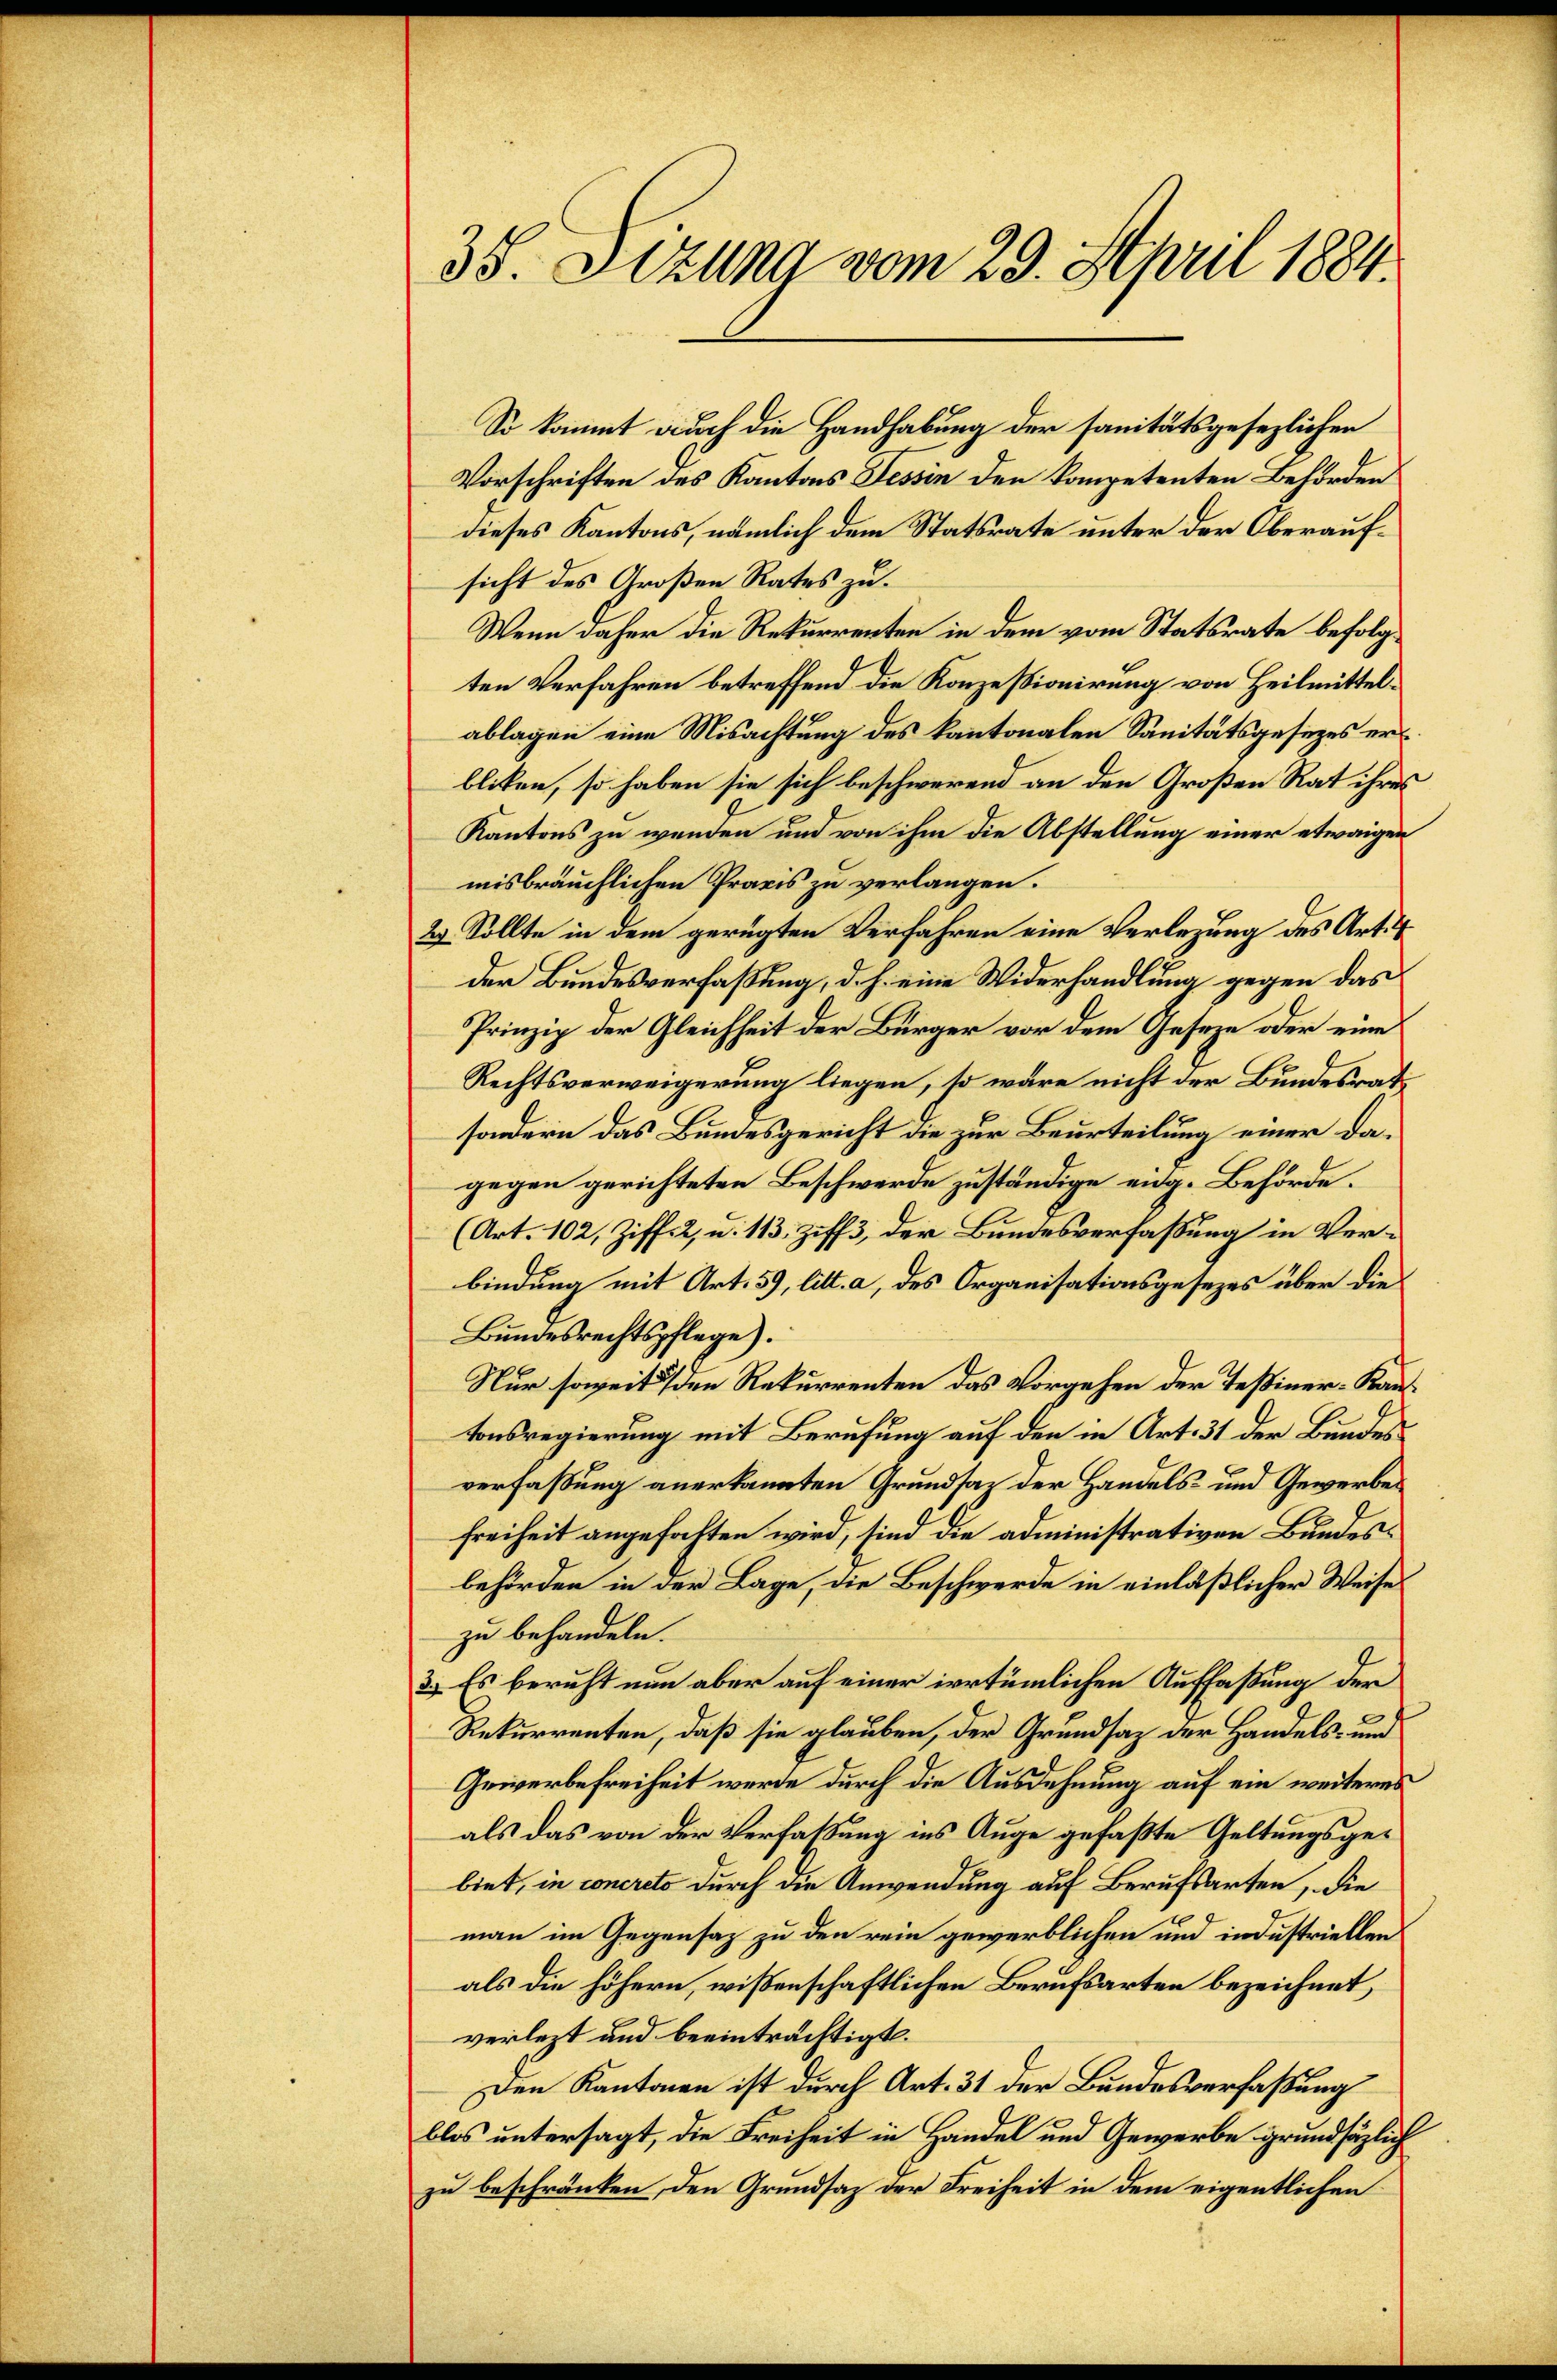
35. Sizung vom 29. April 1884.

So kommt auch die Handhabung der sanitätsgesezlichen
Vorschriften des Kantons Tessin den kompetenten Behörden
dieses Kantons, nämlich dem Statsrate unter der Oberaufsicht des Großen Rates zu
Wenn daher die Rekurrenten in dem vom Statsrate befolgten Verfahren betreffend die Konzessionirung von Heilmittelablagen eine Misachtung des kantonalen Sanitätsgesetzes erl
bliken, so haben sie sich beschwerend an den Großen Rat ihres
Kantons zu wenden und von ihm die Abstellung einer etwaigen
misbräuchlichen Praxis zu verlangen.
29. Sollte in dem gerügten Verfahren eine Verlegung des Art. 4
der Bundesverfassung, d. h. eine Widerhandlung gegen das
Prinzip der Gleichheit der Bürger vor dem Geseze oder eine
Rechtsverweigerung liegen, so wäre nicht der Bundesrath
sondern das Bundesgericht die zur Beurteilung einer dagegen gerichteten Beschwerde zuständige eng. Behörde.
(Art. 102, Ziff. 2, u. 113, Ziff. 3, der Bundesverfaßung in Verbindung mit Art. 59, litt. a, des Organisationsgesezes über die
Bundesrechtspflege).
Nur soweit den Rekurrenten das Vorgehen der Teßiner-Kautonsregierung mit Berufung auf den in Art. 31 der Bundesverfaßung anerkannten Grundsaz der Handels- und Gewerbes
Freiheit angefaßten wird, sind die administrativen Bundesbehörden in der Lage, die Beschwerde in einläßlicher Weise
zu behandeln.
3.) Es beruht nun aber auf einer irrtümlichen Auffaßung der
Rekurrenten, daß sie glauben, der Grundsaz der Handels- und
Gewerbefreiheit werde durch die Ausdehnung auf ein weiteres
als das von der Verfassung ins Auge gefaßte Geltungsgebiet, in concreto durch die Anwendung auf Berufsarten, die
man im Gegensatz zu den rein gewerblichen und industriellen
als die höhern, wissenschaftlichen Berufsarten bezeichnet,
verlezt und beeinträchtigt.
Den Kantonen ist durch Art. 31 der Bundesverfaßung
blos untersagt, die Freiheit in Handel und Gewerbe grundsätzlich
zu beschränken, den Grundsaz der Freiheit in dem eigentlichen